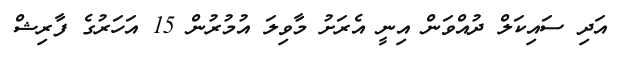
އަދި ސައިކަލް ދުއްވަން އިނީ އެރަށު މާވިލަ އުމުރުން 15 އަހަރުގެ ފާރިޝް